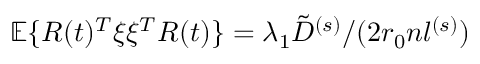
\mathbb { E } \{ R ( t ) ^ { T } \xi \xi ^ { T } R ( t ) \} = \lambda _ { 1 } \tilde { D } ^ { ( s ) } / ( 2 r _ { 0 } n l ^ { ( s ) } )